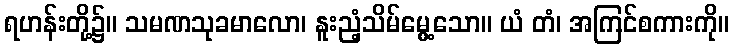
ရဟန်းတို့၌။ သမဏသုခမာလော၊ နူးညံ့သိမ်မွေ့သော။ ယံ တံ၊ အကြင်စကားကို။